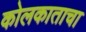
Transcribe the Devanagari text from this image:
कोलकाताचा